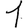
Digit: 1